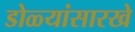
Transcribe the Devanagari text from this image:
डोळ्यांसारखे